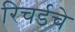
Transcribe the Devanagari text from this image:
रिचर्डचे